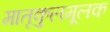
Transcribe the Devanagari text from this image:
मातृकुलमूलक